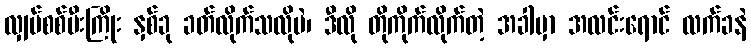
လျှပ်စစ်မီးကြိုး နှစ်ခု ခတ်လိုက်သလိုပဲ၊ ဒီလို တိုကိုက်လိုက်တဲ့ အခါမှာ အလင်းရောင် လက်ခနဲ